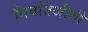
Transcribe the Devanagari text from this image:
निर्वातजीवी